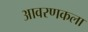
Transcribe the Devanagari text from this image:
आवरणकला